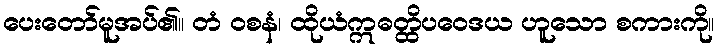
ပေးတော်မူအပ်၏။ တံ ဝစနံ၊ ထိုယံဣဓတ္ထိပဝေဒယ ဟူသော စကားကို။